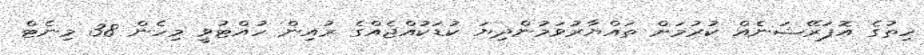
ހިތުގެ އޮޕަރޭޝަނެއް ކުރުމަށް ތައްޔާރުވަމުންދިޔަ ކުޑަކުއްޖެއްގެ ރުއިން ހުއްޓުވީ މިހެން 38 މިނެޓް